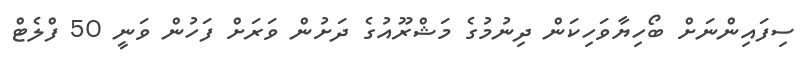
ސިފައިންނަށް ބޯހިޔާވަހިކަން ދިނުމުގެ މަޝްރޫއުގެ ދަށުން ވަރަށް ފަހުން ވަނީ 50 ފްލެޓް